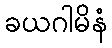
ခယဂါမိနံ